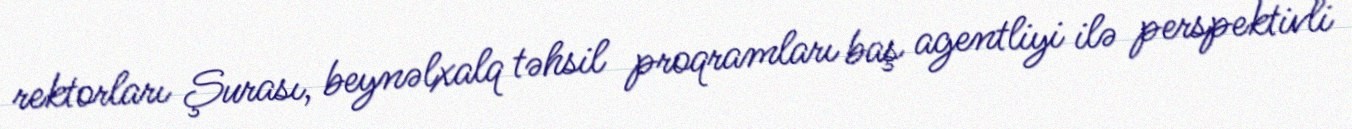
rektorları Şurası, beynəlxalq təhsil proqramları baş agentliyi ilə perspektivli